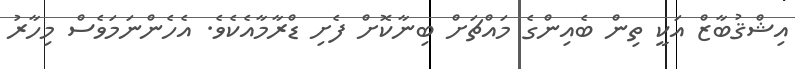
އިޝްޤުބާޒް އަކީ ތިން ބެއިންގެ މައްޗަށް ބިނާކޮށް ފެށި ޑްރާމާއެކެވެ. އެހެންނަމަވެސް މިހާރު